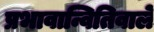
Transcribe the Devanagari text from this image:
प्रभावान्वितिवाले